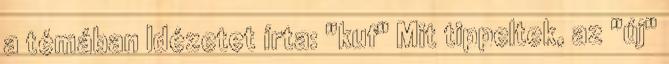
a témában Idézetet írta: "kuf" Mit tippeltek, az "új"